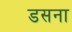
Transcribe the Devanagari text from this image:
डसना